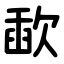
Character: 歃